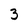
Character: 3